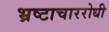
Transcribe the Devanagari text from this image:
भ्रष्टाचाररोधी